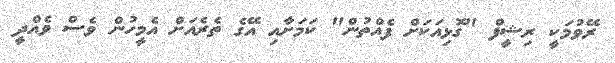
ރޭވުމަކީ ރިޝީފް "ގޮޅިއަކަށް ފެއްތުން" ކަމަށާއި އޭގެ ތެރެއަށް އެމީހުން ވެސް ވެއްދީ